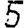
Digit: 5